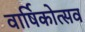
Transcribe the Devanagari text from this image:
वार्षिकोत्‍सव